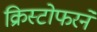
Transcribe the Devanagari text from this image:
क्रिस्टोफरने